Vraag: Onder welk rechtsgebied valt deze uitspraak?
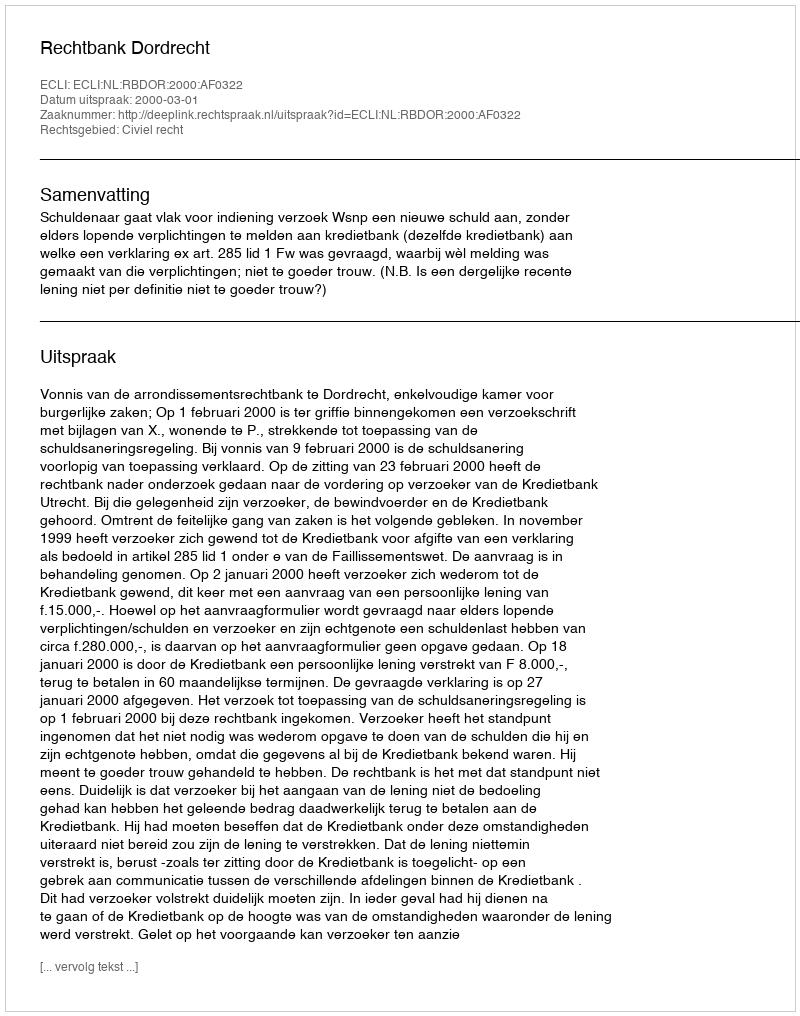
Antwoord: Civiel recht